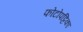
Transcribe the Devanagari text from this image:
फोटोपट्टिका